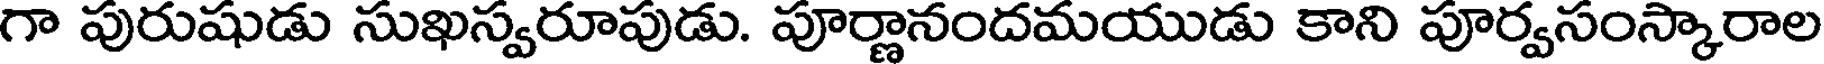
గా పురుషుడు సుఖస్వరూపుడు. పూర్ణానందమయుడు కాని పూర్వసంస్కారాల